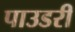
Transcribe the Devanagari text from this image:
पाउडरी